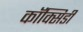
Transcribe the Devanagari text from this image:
कॉक्सिडी